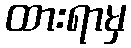
ထားရာမှ